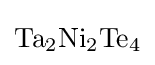
{\ce {Ta2Ni2Te4}}